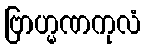
ဗြာဟ္မဏကုလံ